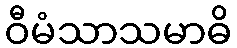
ဝီမံသာသမာဓိ